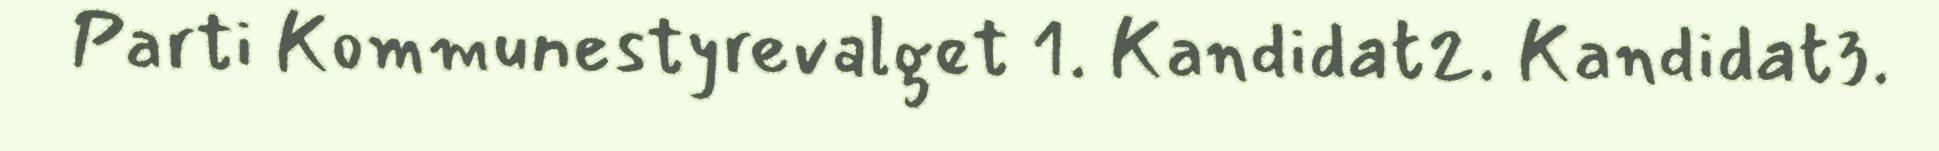
Parti Kommunestyrevalget 1. Kandidat2. Kandidat3.